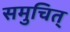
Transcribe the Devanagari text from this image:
समुचित्‌